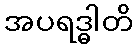
အပရဒ္ဓါတိ